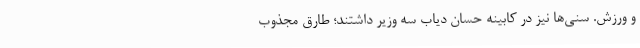
و ورزش. سنی‌ها نیز در کابینه حسان دیاب سه وزیر داشتند؛ طارق مجذوب